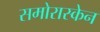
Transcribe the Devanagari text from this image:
समोरास्केन